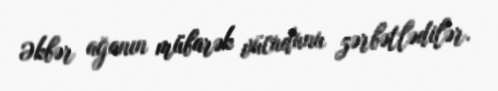
Əkbər ağanın mübarək vücudunu zərbətlədilər.